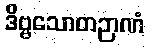
ဒိဗ္ဗသောတဉာဏံ